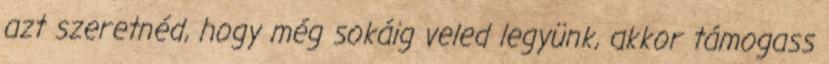
azt szeretnéd, hogy még sokáig veled legyünk, akkor támogass